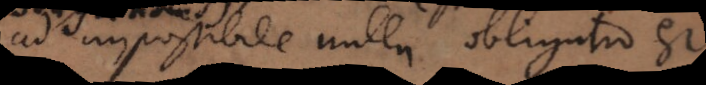
ad impossibile nulla obligatio est